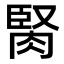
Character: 𦜜